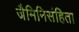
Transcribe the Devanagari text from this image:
जैमिनिसंहिता